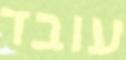
עובד